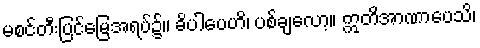
မစင်တီးပြင်မြေအရပ်၌။ ခိပါပေဟိ၊ ပစ်ချလော့။ ဣတိအာဏာပေသိ၊